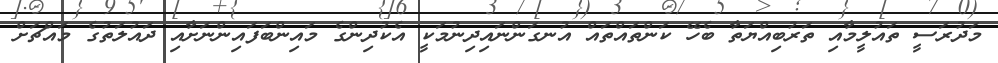
މަދުރަސީ ތައުލީމާއި ތަރުބިއްޔަތާ ބެހޭ ކަންތައްތައް އުނގަންނައިދިނުމަކީ އެކުދިންގެ މައިންބަފައިންނަށާއި ދައުލަތުގެ މައްޗަށް